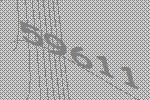
59611